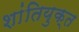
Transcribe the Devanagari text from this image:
शांतियुक्त